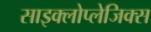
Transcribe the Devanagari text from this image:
साइक्लोप्लेजिक्स